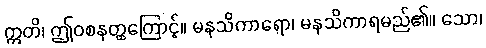
ဣတိ၊ ဤဝစနတ္ထကြောင့်။ မနသိကာရော၊ မနသိကာရမည်၏။ သော၊